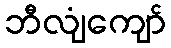
ဘီလျံကျော်